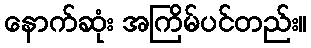
နောက်ဆုံး အကြိမ်ပင်တည်း။